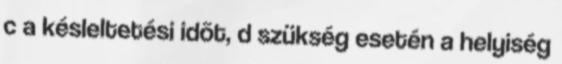
c a késleltetési idõt, d szükség esetén a helyiség